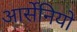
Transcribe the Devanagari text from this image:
आर्सेनियो